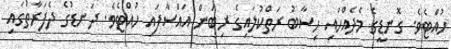
ހުއްޓެވެ. ގޮނޑީގެ މެދެއްހައި ހިސާބު ރަތްކުލައިގެ ރިބަން އައްސާފައި ހުއްޓެވެ. ދަނޑުގެ ދެފަރާތުގައި